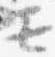
モ